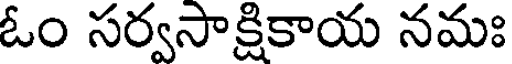
ఓం సర్వసాక్షికాయ నమః